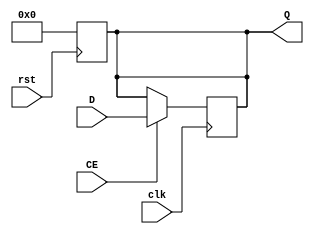
`timescale 1ns / 1ps
//////////////////////////////////////////////////////////////////////////////////
// Company: 
// Engineer: 
// 
// Design Name: 
// Module Name:    REG32 
// Project Name: 
// Target Devices: 
// Tool versions: 
// Description: 
//
// Dependencies: 
//
// Revision: 
// Revision 0.01 - File Created
// Additional Comments: 
//
//////////////////////////////////////////////////////////////////////////////////
module REG32(
input rst,
input clk,
input CE,
input [31:0]D,
output [31:0]Q
    );
reg [31:0]a;
assign Q=a;

always@(posedge rst)
begin
	a=0;
end

always@(posedge clk)
begin
	if(CE==1)
		a<=D;
end

endmodule